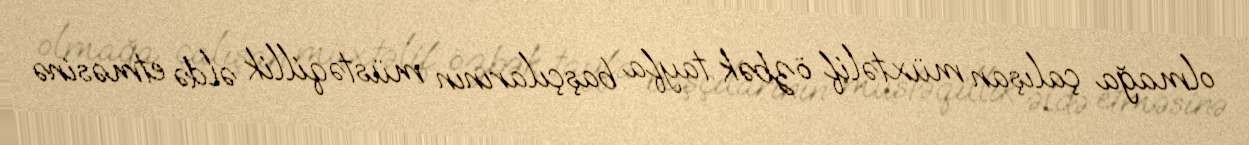
olmağa çalışan müxtəlif özbək tayfa başçılarının müstəqillik əldə etməsinə